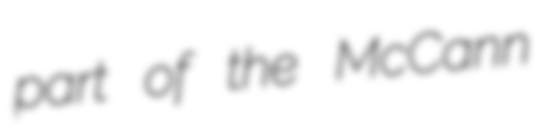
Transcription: part of the McCann